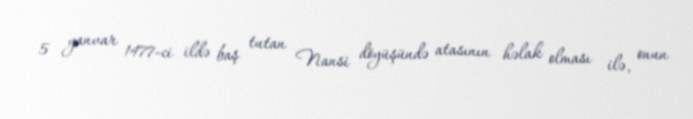
5 yanvar 1477-ci ildə baş tutan Nansi döyüşündə atasının həlak olması ilə, onun